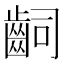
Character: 𪗪